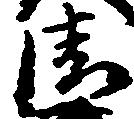
清